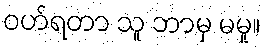
ဝဟ်ရတာ သူ ဘာမှ မမှု။